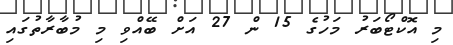
މި އޮކްޓޯބަރު މަހުގެ 15 ން 27 އަށް ބޭއްވި މި މުބާރާތުގައި